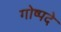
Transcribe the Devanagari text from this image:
गोष्पदे